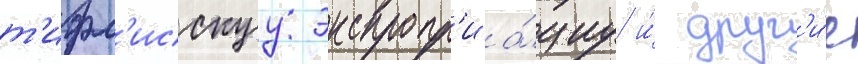
т'ифл'исскуу экспропр'иа́циу и́ друг'и́е